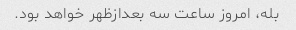
بله، امروز ساعت سه بعدازظهر خواهد بود.